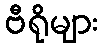
ဗီရိုများ